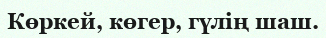
Көркей, көгер, гүлің шаш.